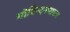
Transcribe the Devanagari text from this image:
गोविन्दनारायण